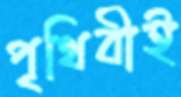
পৃথিবীই